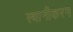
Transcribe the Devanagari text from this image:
स्थानीकरन